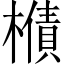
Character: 𱤣